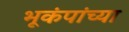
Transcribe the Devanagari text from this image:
भूकंपांच्या